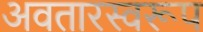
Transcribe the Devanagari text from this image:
अवतारस्वरूप